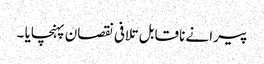
پیرا نے ناقابل تلافی نقصان پہنچایا ۔